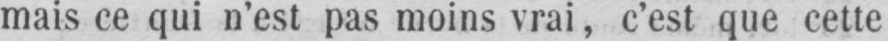
mais ce qui n’est pas moins vrai, c’est que cette